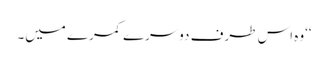
‘‘وہ اس طرف دوسرے کمرے میں۔